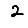
Digit: 2